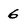
Character: 6